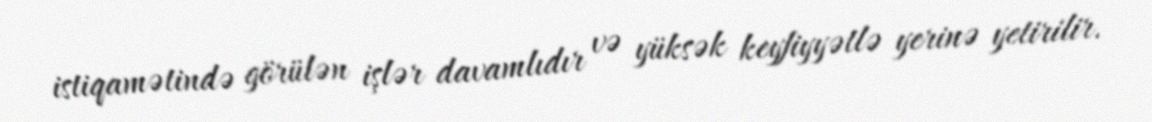
istiqamətində görülən işlər davamlıdır və yüksək keyfiyyətlə yerinə yetirilir.